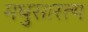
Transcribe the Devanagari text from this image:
मधुसारत्य